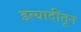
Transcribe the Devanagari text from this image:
इत्यादींतून